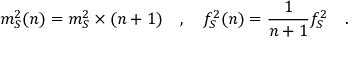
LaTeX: m _ { S } ^ { 2 } ( n ) = m _ { S } ^ { 2 } \times ( n + 1 ) ~ ~ ~ , ~ ~ ~ f _ { S } ^ { 2 } ( n ) = \frac { 1 } { n + 1 } f _ { S } ^ { 2 } ~ ~ ~ .